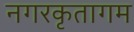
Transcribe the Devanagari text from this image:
नगरकृतागम